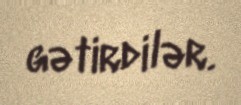
gətirdilər.